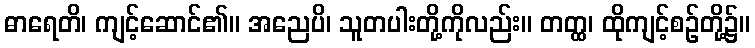
ဓာရေတိ၊ ကျင့်ဆောင်၏။ အညေပိ၊ သူတပါးတို့ကိုလည်း။ တတ္ထ၊ ထိုကျင့်စဉ်တို့၌။